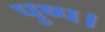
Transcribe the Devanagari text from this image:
पुष्प।